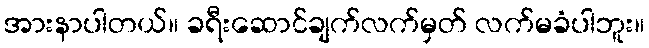
အားနာပါတယ်။ ခရီးဆောင်ချက်လက်မှတ် လက်မခံပါဘူး။